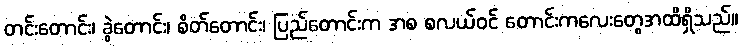
တင်းတောင်း၊ ခွဲတောင်း၊ စိတ်တောင်း၊ ပြည်တောင်းက အစ စလယ်ဝင် တောင်းကလေးတွေအထိရှိသည်။